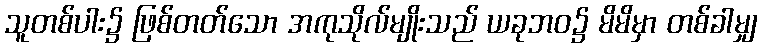
သူတစ်ပါး၌ ဖြစ်တတ်သော အကုသိုလ်မျိုးသည် ယခုဘဝ၌ မိမိမှာ တစ်ခါမျှ